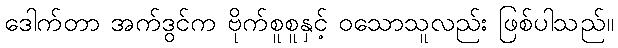
ဒေါက်တာ အက်ဒွင်က ဗိုက်စူစူနှင့် ဝသောသူလည်း ဖြစ်ပါသည်။